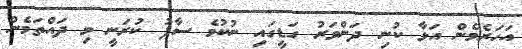
އަހަރެމެން އަޅާ ކުނި ދަންވަރު ގަޑީގައި ނުކުމެ ސާފު ކުރަނީ މި ދައްތަމެން